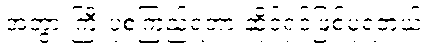
အဘွားကြီးပုံစံကြည့်ရတာ ဆိုင်ရှင်ဖြစ်ပုံရတယ်။